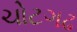
ચોટગઢ